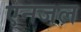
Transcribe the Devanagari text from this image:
एनजल